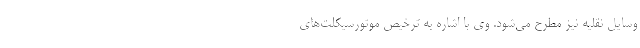
وسایل نقلیه نیز مطرح می‌شود. وی با اشاره به ترخیص موتورسیکلت‌‌های